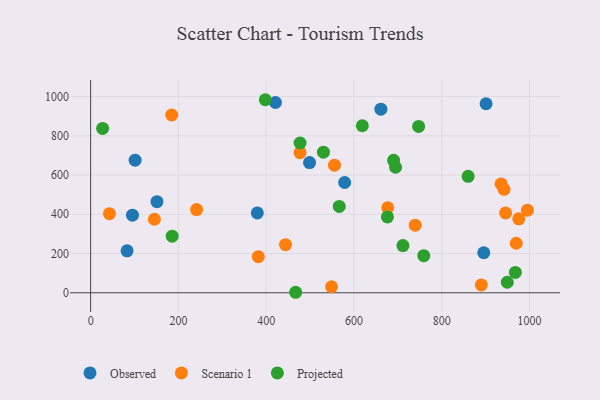
{"axis": {"x": "Ad Spend", "y": "Salary"}, "legend": ["Observed", "Projected", "Scenario 1"], "data": [{"x": "895.7", "y": 203.9, "type": "Observed"}, {"x": "101.3", "y": 675.8, "type": "Observed"}, {"x": "151.1", "y": 464.3, "type": "Observed"}, {"x": "95.3", "y": 395.7, "type": "Observed"}, {"x": "578.8", "y": 561.9, "type": "Observed"}, {"x": "661.3", "y": 935.5, "type": "Observed"}, {"x": "379.7", "y": 406.9, "type": "Observed"}, {"x": "901.0", "y": 963.4, "type": "Observed"}, {"x": "498.8", "y": 663.7, "type": "Observed"}, {"x": "421.2", "y": 969.6, "type": "Observed"}, {"x": "83.0", "y": 213.7, "type": "Observed"}, {"x": "975.5", "y": 376.9, "type": "Scenario 1"}, {"x": "184.7", "y": 905.9, "type": "Scenario 1"}, {"x": "935.2", "y": 554.5, "type": "Scenario 1"}, {"x": "477.1", "y": 713.8, "type": "Scenario 1"}, {"x": "444.0", "y": 245.0, "type": "Scenario 1"}, {"x": "145.2", "y": 374.8, "type": "Scenario 1"}, {"x": "382.0", "y": 183.9, "type": "Scenario 1"}, {"x": "941.9", "y": 527.1, "type": "Scenario 1"}, {"x": "548.9", "y": 30.8, "type": "Scenario 1"}, {"x": "241.4", "y": 423.9, "type": "Scenario 1"}, {"x": "42.8", "y": 403.2, "type": "Scenario 1"}, {"x": "969.7", "y": 252.3, "type": "Scenario 1"}, {"x": "739.5", "y": 344.5, "type": "Scenario 1"}, {"x": "890.2", "y": 39.9, "type": "Scenario 1"}, {"x": "995.1", "y": 421.2, "type": "Scenario 1"}, {"x": "555.6", "y": 650.2, "type": "Scenario 1"}, {"x": "676.8", "y": 433.4, "type": "Scenario 1"}, {"x": "945.5", "y": 407.1, "type": "Scenario 1"}, {"x": "185.8", "y": 288.5, "type": "Projected"}, {"x": "619.0", "y": 851.2, "type": "Projected"}, {"x": "467.1", "y": 2.6, "type": "Projected"}, {"x": "747.3", "y": 847.5, "type": "Projected"}, {"x": "676.2", "y": 386.4, "type": "Projected"}, {"x": "949.3", "y": 53.6, "type": "Projected"}, {"x": "530.4", "y": 716.6, "type": "Projected"}, {"x": "759.1", "y": 189.0, "type": "Projected"}, {"x": "967.7", "y": 103.5, "type": "Projected"}, {"x": "860.1", "y": 593.5, "type": "Projected"}, {"x": "694.8", "y": 639.6, "type": "Projected"}, {"x": "27.3", "y": 837.5, "type": "Projected"}, {"x": "398.0", "y": 983.8, "type": "Projected"}, {"x": "711.6", "y": 240.8, "type": "Projected"}, {"x": "566.5", "y": 440.2, "type": "Projected"}, {"x": "477.2", "y": 763.4, "type": "Projected"}, {"x": "690.3", "y": 675.0, "type": "Projected"}]}